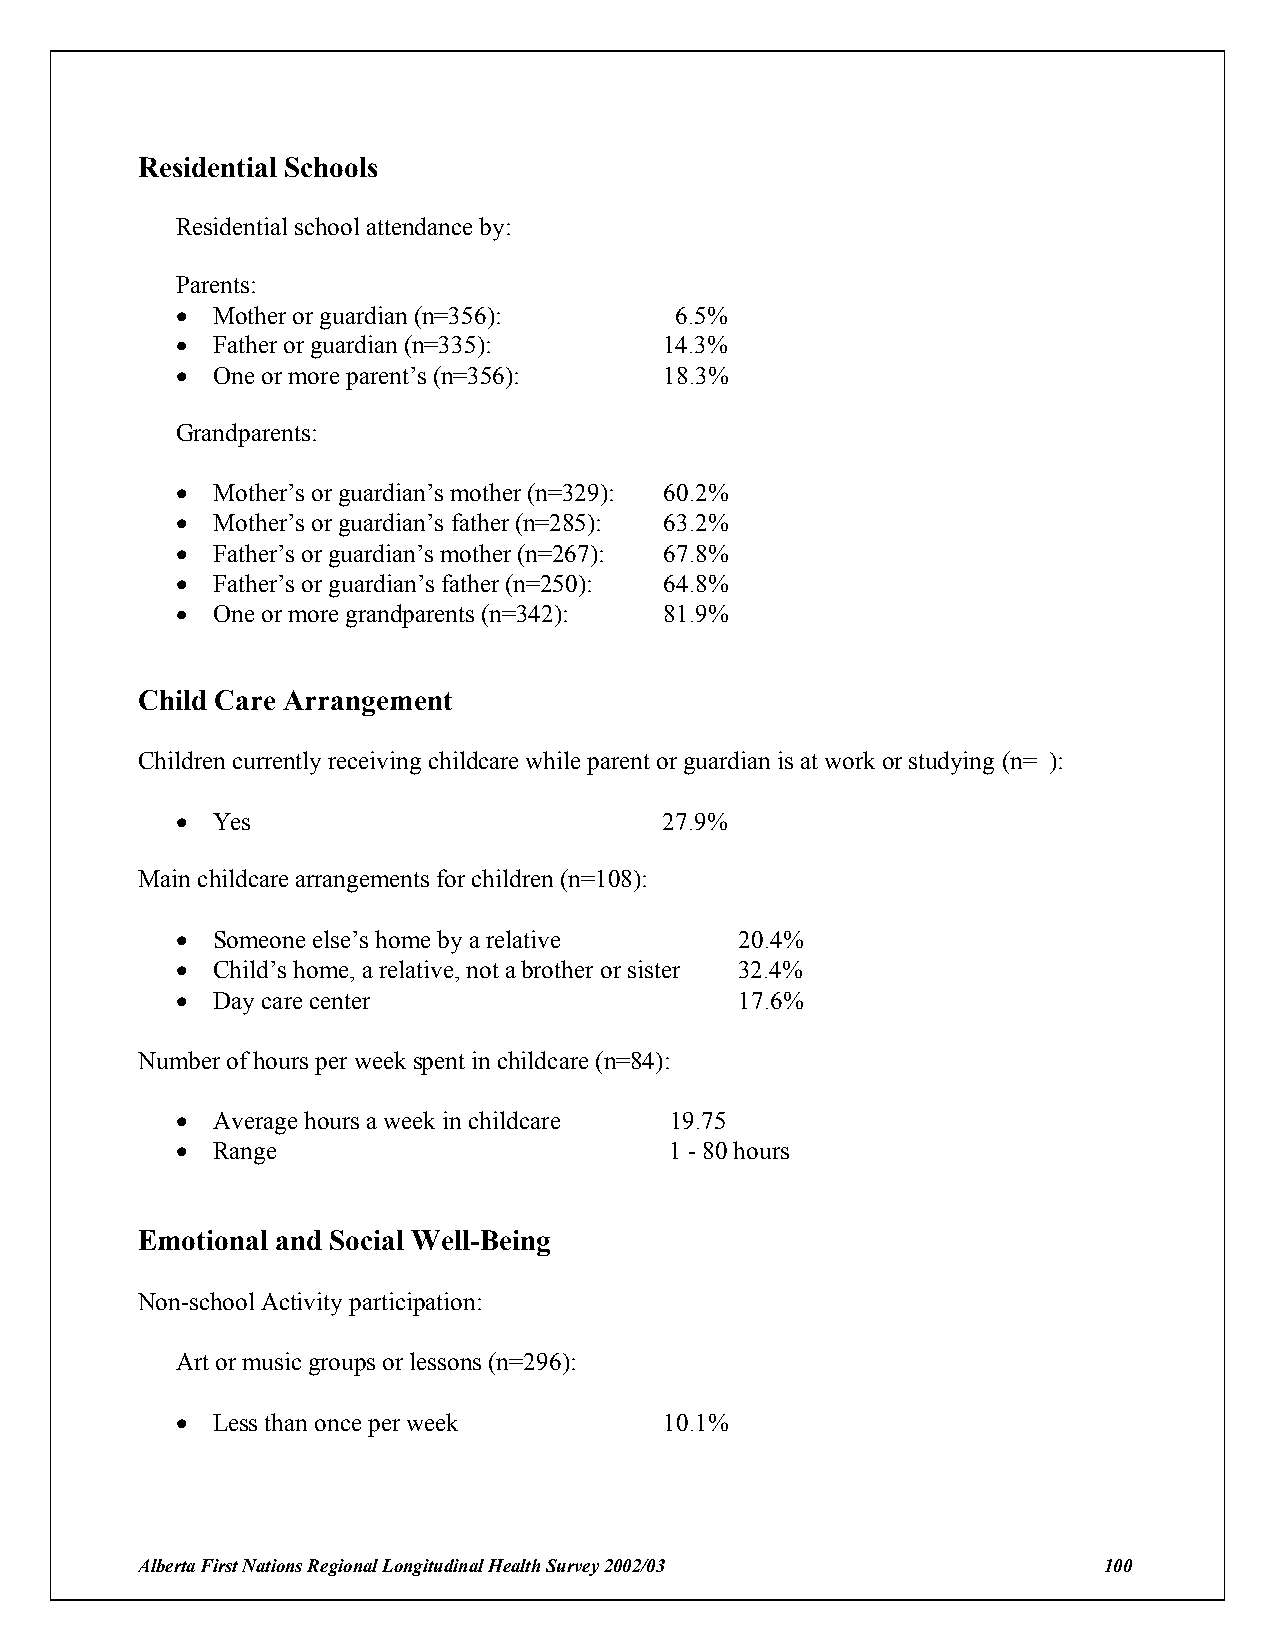
Residential Schools
 Residential school attendance by:
 Parents:
 ! Mother or guardian (n=356):    6.5%
 ! Father or guardian (n=335):   14.3%
 ! One or more parent’s (n=356): 18.3%
 Grandparents:
 ! Mother’s or guardian’s mother (n=329): 60.2%
 ! Mother’s or guardian’s father (n=285): 63.2%
 ! Father’s or guardian’s mother (n=267): 67.8%
 ! Father’s or guardian’s father (n=250): 64.8%
 ! One or more grandparents (n=342): 81.9%
 Child Care Arrangement
 Children currently receiving childcare while parent or guardian is at work or studying (n= ):
 ! Yes                           27.9%
 Main childcare arrangements for children (n=108):
 ! Someone else’s home by a relative  20.4%
 ! Child’s home, a relative, not a brother or sister 32.4%
 ! Day care center                    17.6%
 Number of hours per week spent in childcare (n=84):
 ! Average hours a week in childcare 19.75
 ! Range                         1 - 80 hours
 Emotional and Social Well-Being
 Non-school Activity participation:
 Art or music groups or lessons (n=296):
 ! Less than once per week       10.1%
 Alberta First Nations Regional Longitudinal Health Survey 2002/03 100